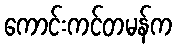
ကောင်းကင်တမန်က